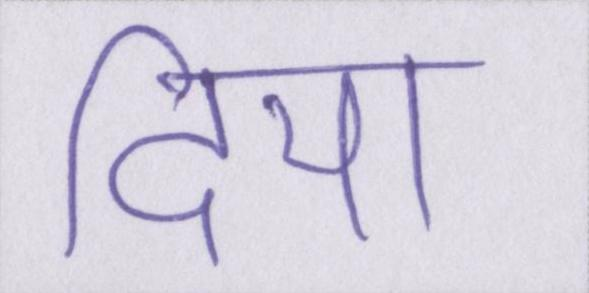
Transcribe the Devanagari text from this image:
दिया